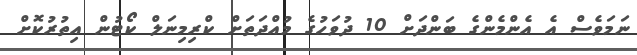
ނަމަވެސް އެ އެންމެންގެ ބަންދަށް 10 ދުވަހުގެ މުއްދަތަށް ކްރިމިނަލް ކޯޓުން އިތުރުކޮށް